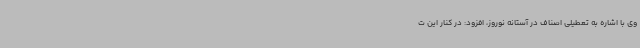
وی با اشاره به تعطیلی اصناف در آستانه نوروز، افزود: در کنار این ت